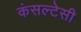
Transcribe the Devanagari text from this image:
कंसल्टेसी